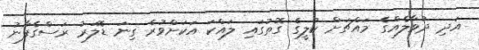
އަދި ދުވާލެއްގެ މައްޗަށް ކުލީގެ ގޮތުގައި ލައްކަ އަކަށްވުރެ ގިނަ ޑޮލަރު ރަސްގެފާނު